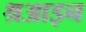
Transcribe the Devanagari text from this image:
श्रआइन